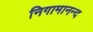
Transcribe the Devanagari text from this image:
निगामानन्द